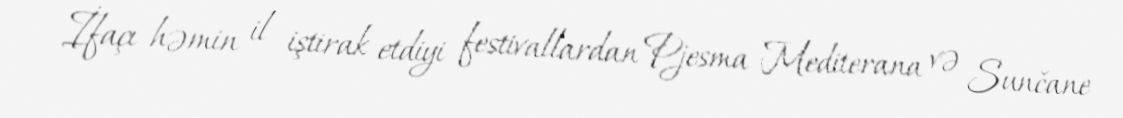
İfaçı həmin il iştirak etdiyi festivallardan Pjesma Mediterana və Sunčane